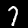
Label: 7